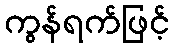
ကွန်ရက်ဖြင့်